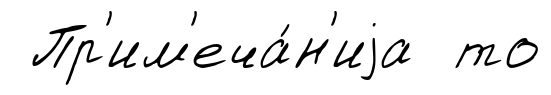
Пр'им'еча́н'иjа то